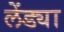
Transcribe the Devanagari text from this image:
लेंड्या